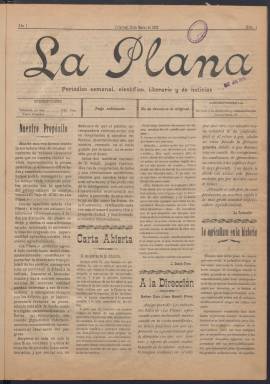
Título: La Plana (Villarreal. 1906)
Colección: Periódicos
Ámbito geográfico: Castellón
Lugar de publicación: Villarreal [Castellón]
Fechas: 10/03/1906-24/03/1906